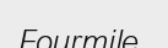
Fourmile